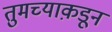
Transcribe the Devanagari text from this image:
तुमच्याक़डून